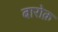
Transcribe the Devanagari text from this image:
बारोक़